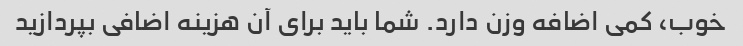
خوب، کمی اضافه وزن دارد. شما باید برای آن هزینه اضافی بپردازید